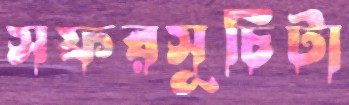
সফরসূচিটা